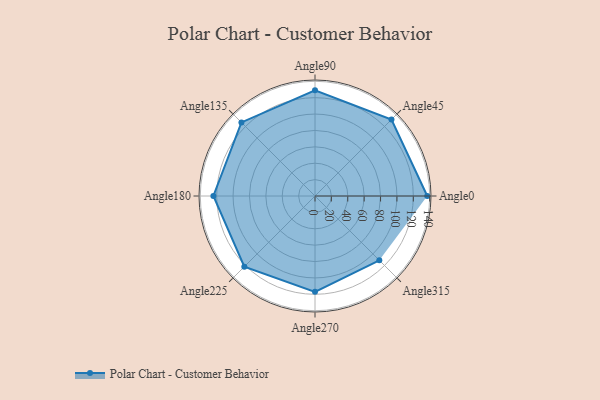
{"axis": {"x": "Angle", "y": "Radius"}, "legend": [""], "data": [{"x": "Angle0", "y": 137.0, "type": ""}, {"x": "Angle45", "y": 132.0, "type": ""}, {"x": "Angle90", "y": 129.0, "type": ""}, {"x": "Angle135", "y": 127.0, "type": ""}, {"x": "Angle180", "y": 124.0, "type": ""}, {"x": "Angle225", "y": 122.0, "type": ""}, {"x": "Angle270", "y": 117.0, "type": ""}, {"x": "Angle315", "y": 111.0, "type": ""}]}